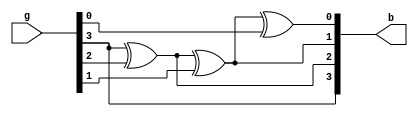
module gtob(b, g);

    input [3:0] g;
    output [3:0] b;

    buf buf_b3(b[3], g[3]);

    xor xor_b2(b[2], b[3], g[2]);
    xor xor_b1(b[1], b[2], g[1]);
    xor xor_b0(b[0], b[1], g[0]);

endmodule